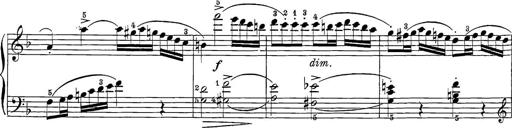
Title: 12 Sonatine per Pianoforte
Composer: Friedrich Kuhlau